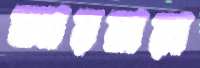
জারবারা